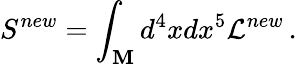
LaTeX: S^{new}=\int_{\mathbf M}d^{4}xdx^{5}{\cal L}^{new}\, .